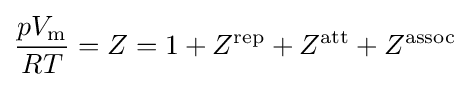
{\frac {pV_{\text{m}}}{RT}}=Z=1+Z^{\rm {rep}}+Z^{\rm {att}}+Z^{\rm {assoc}}